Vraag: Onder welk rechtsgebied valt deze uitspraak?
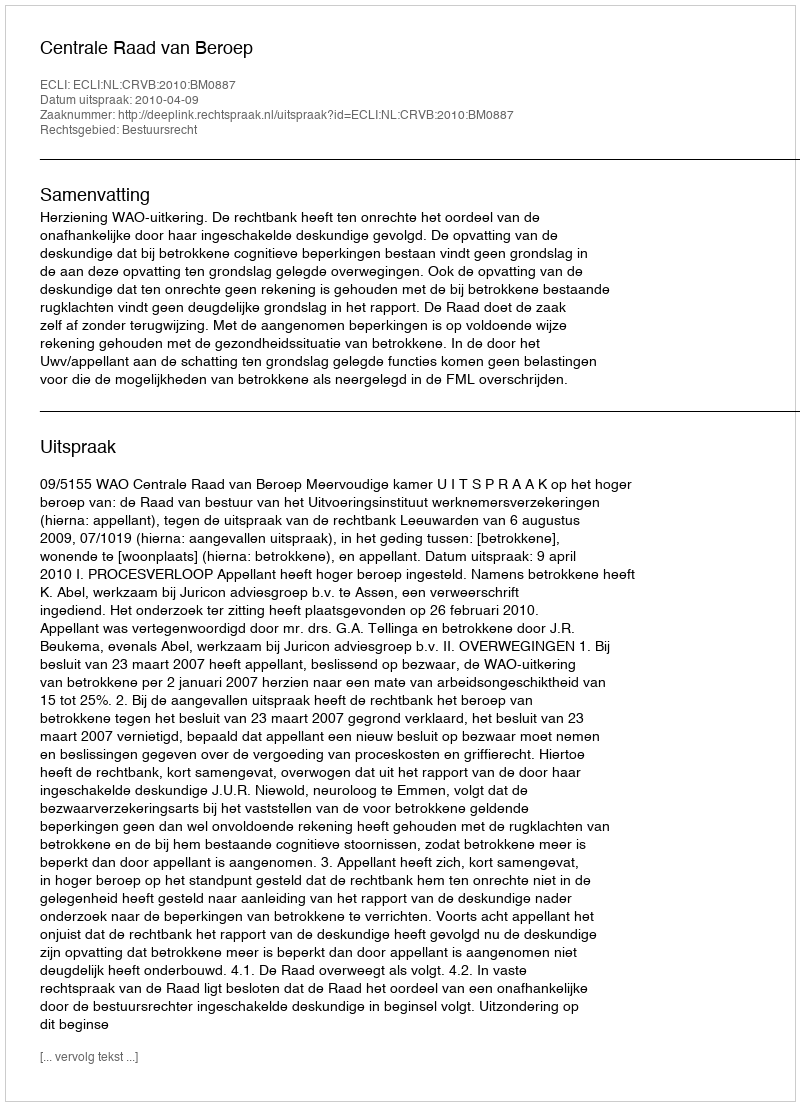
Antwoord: Bestuursrecht